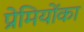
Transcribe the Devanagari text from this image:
प्रेमियोंका